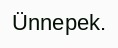
Ünnepek.